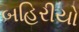
બહિરીયો